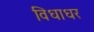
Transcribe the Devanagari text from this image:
विधाधर